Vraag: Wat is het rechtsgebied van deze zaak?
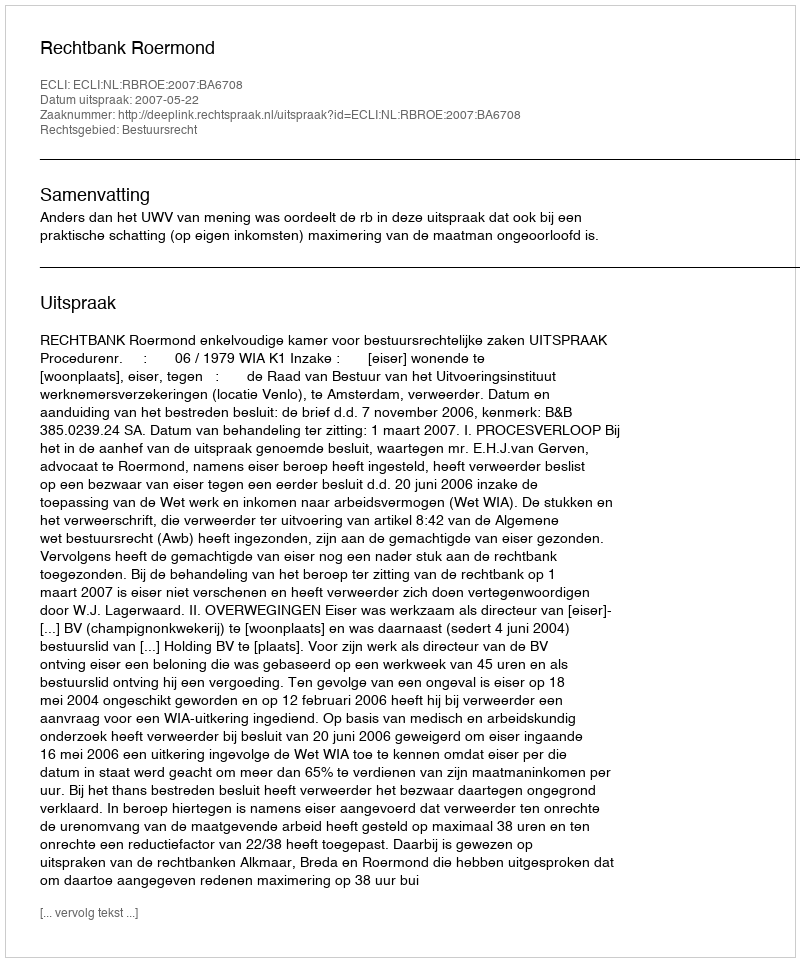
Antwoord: Bestuursrecht